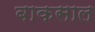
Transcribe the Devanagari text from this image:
बाकसाल